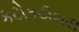
કટોકટીભરી